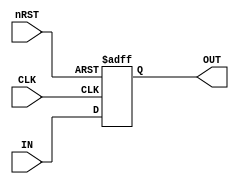
module Trigger(
    input CLK,
    input [31:0] IN,
    input nRST,
    output reg [31:0] OUT
);
    always@(posedge CLK or negedge nRST) begin
        if (!nRST) begin
            OUT <= 32'b0;
        end else begin
            OUT <= IN;
        end
    end
endmodule